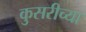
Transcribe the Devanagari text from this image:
कुसरीच्या